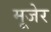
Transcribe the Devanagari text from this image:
मूजेर